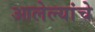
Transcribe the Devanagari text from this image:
आलेल्यांचे